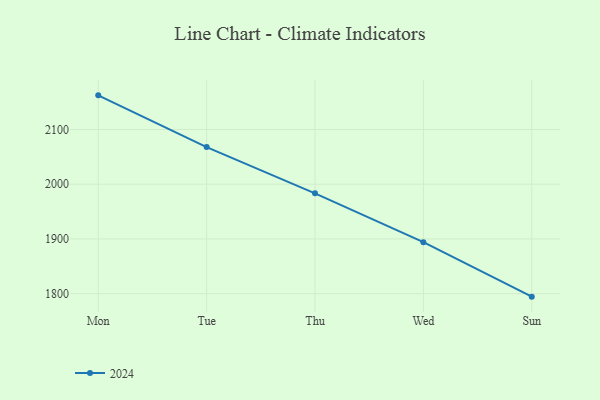
{"axis": {"x": "Day", "y": "Budget (USD K)"}, "legend": ["2024"], "data": [{"x": "Mon", "y": 2162.4, "type": "2024"}, {"x": "Tue", "y": 2067.9, "type": "2024"}, {"x": "Thu", "y": 1983.3, "type": "2024"}, {"x": "Wed", "y": 1894.2, "type": "2024"}, {"x": "Sun", "y": 1794.6, "type": "2024"}]}